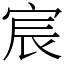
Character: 宸